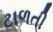
ટાળતી